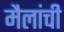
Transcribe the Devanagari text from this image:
मैलांची